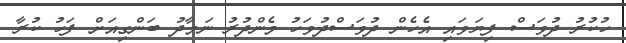
ހުކުރު ދުވަސް ފިޔަވައި އެހެން ދުވަސްދުވަހު މެންދުރު ނަމާދު ބަންގިއަށް ފަހު ކުރާ